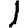
Digit: 1